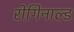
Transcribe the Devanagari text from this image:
रोगिनाल्ड